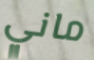
ماني